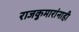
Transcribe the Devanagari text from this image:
राजकुमारांनाही